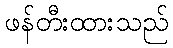
ဖန်တီးထားသည်